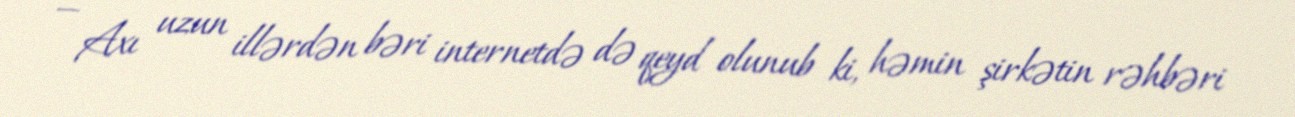
— Axı uzun illərdən bəri internetdə də qeyd olunub ki, həmin şirkətin rəhbəri